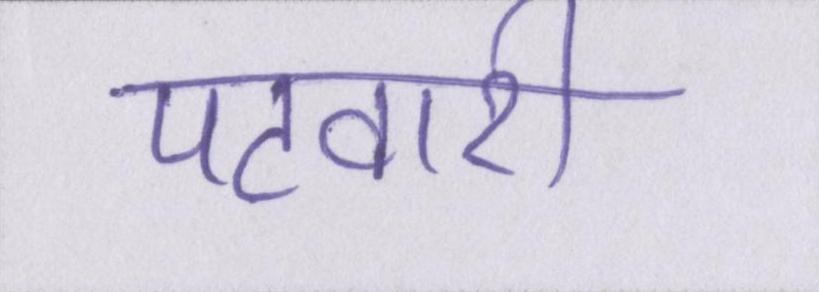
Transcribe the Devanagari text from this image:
पटवारी